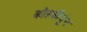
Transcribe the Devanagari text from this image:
कोहसीयूंग